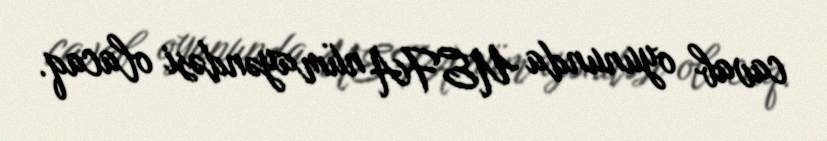
cavab oyununda UEFA nümayəndəsi olacaq.